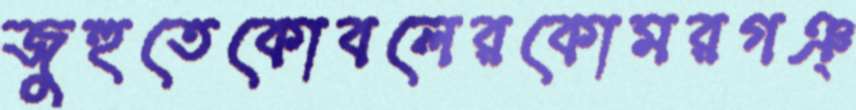
জুহুতেকোবলেরকোমরগঞ্